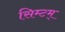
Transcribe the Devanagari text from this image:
सिम्टम्